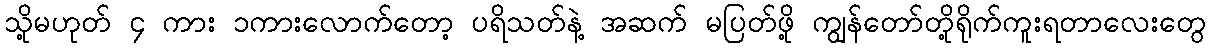
သို့မဟုတ် ၄ ကား ၁ကားလောက်တော့ ပရိသတ်နဲ့ အဆက် မပြတ်ဖို့ ကျွန်တော်တို့ရိုက်ကူးရတာလေးတွေ